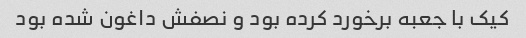
کیک با جعبه برخورد کرده بود و نصفش داغون شده بود